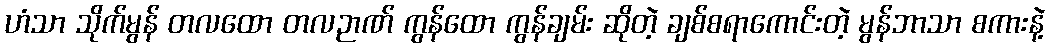
ဟံသာ သိုက်မွန် တလထော တလဉာဏ် ကွန်ထော ကွန်ချမ်း ဆိုတဲ့ ချစ်စရာကောင်းတဲ့ မွန်ဘာသာ စကားနဲ့